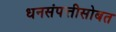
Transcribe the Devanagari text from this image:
धनसंपत्तीसोबत